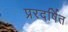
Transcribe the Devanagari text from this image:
प्ररदर्षित